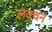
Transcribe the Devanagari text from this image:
लक्चन